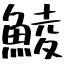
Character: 鯪